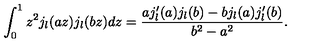
\int _ { 0 } ^ { 1 } z ^ { 2 } j _ { l } ( a z ) j _ { l } ( b z ) d z = \frac { a j _ { l } ^ { \prime } ( a ) j _ { l } ( b ) - b j _ { l } ( a ) j _ { l } ^ { \prime } ( b ) } { b ^ { 2 } - a ^ { 2 } } .